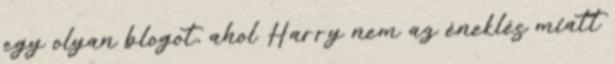
egy olyan blogot, ahol Harry nem az éneklés miatt